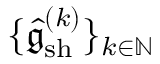
\{ \hat { \mathfrak { g } } _ { \mathrm { s h } } ^ { ( k ) } \} _ { k \in \mathbb { N } }